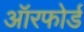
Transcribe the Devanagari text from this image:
ऑरफोर्ड